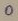
Text: 0